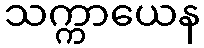
သက္ကာယေန